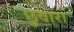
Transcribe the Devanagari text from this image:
छुवारा